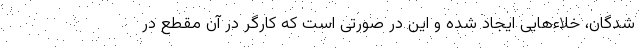
شدگان، خلاءهایی ایجاد شده و این در صورتی است که کارگر در آن مقطع در